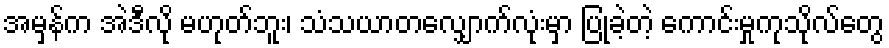
အမှန်က အဲဒီလို မဟုတ်ဘူး၊ သံသယာတလျှောက်လုံးမှာ ပြုခဲ့တဲ့ ကောင်းမှုကုသိုလ်တွေ